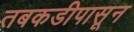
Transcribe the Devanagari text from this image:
तबकडीपासून